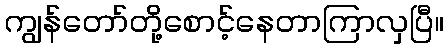
ကျွန်တော်တို့စောင့်နေတာကြာလှပြီ။